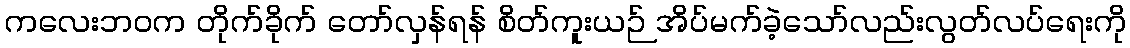
ကလေးဘဝက တိုက်ခိုက် တော်လှန်ရန် စိတ်ကူးယဉ် အိပ်မက်ခဲ့သော်လည်းလွတ်လပ်ရေးကို